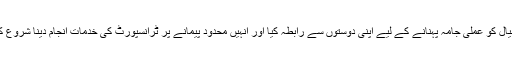
’اس خیال کو عملی جامہ پہنانے کے لیے اپنی دوستوں سے رابطہ کیا اور انہیں محدود پیمانے پر ٹرانسپورٹ کی خدمات انجام دینا شروع کردیں۔